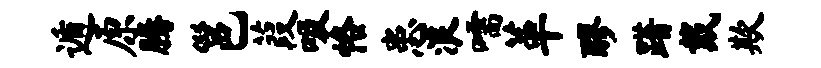
遁原腾邕葭吸恪患浪嚅革醪躇戴欺